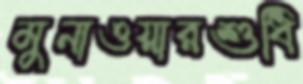
মুনাওয়ারশুধি